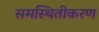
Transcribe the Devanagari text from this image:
समस्थितीकरण